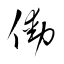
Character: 働